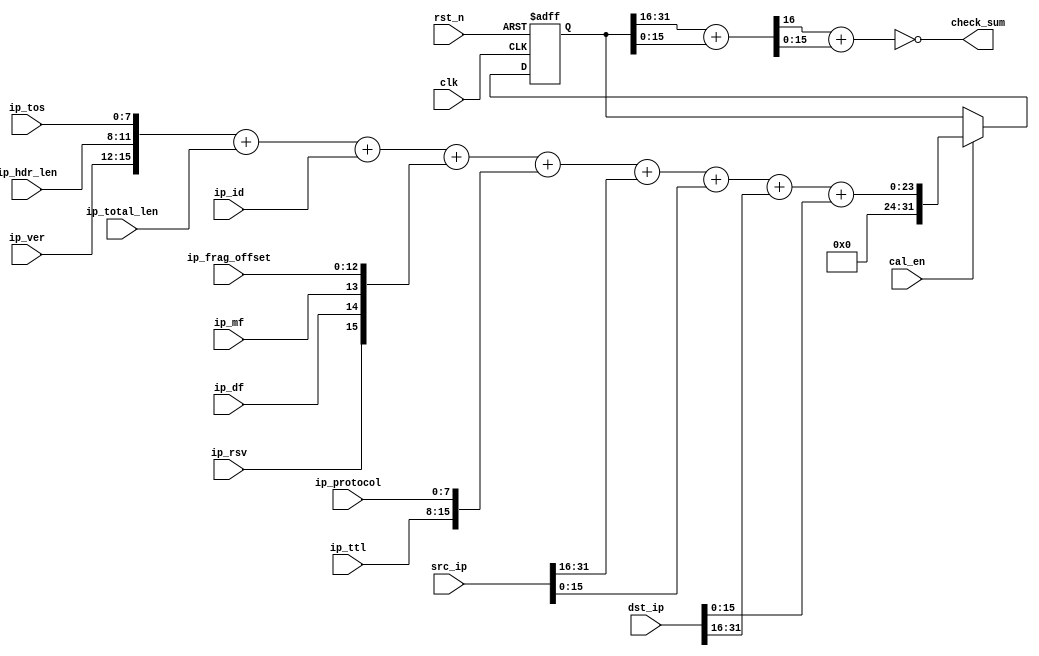
//////////////////////////////////////////////////////////////////////////////////
// Company: 
// Engineer: 
// 
// Design Name: 
// Module Name: ip_checksum
// Project Name: 
// Target Devices: 
// Tool Versions: 
// Description: 
// 
// Dependencies: 
// 
// Revision:
// Revision 0.01 - File Created
// Additional Comments:
// 
//////////////////////////////////////////////////////////////////////////////////


module ip_checksum(
    input clk,
    input rst_n,
    
    input cal_en,
    
    input [3:0]ip_ver,
    input [3:0]ip_hdr_len,
    input [7:0]ip_tos,
    input [15:0]ip_total_len,
    input [15:0]ip_id,
    input       ip_rsv,
    input       ip_df,
    input       ip_mf,
    input [12:0]ip_frag_offset,
    input [7:0] ip_ttl,
    input [7:0] ip_protocol,
    input [31:0]src_ip,
    input [31:0]dst_ip,
    
    output [15:0]check_sum
    );
    
    reg [31:0]suma;
    wire [16:0]sumb;
    wire [15:0]sumc;
    
    always@(posedge clk or negedge rst_n)
        if(!rst_n)
            suma <= 32'd0;
        else if(cal_en)//16bit
            suma <= {ip_ver, ip_hdr_len, ip_tos} + ip_total_len + ip_id +
            {ip_rsv, ip_df,ip_mf, ip_frag_offset} + {ip_ttl, ip_protocol}+
            src_ip[31:16] + src_ip[15:0] + dst_ip[31:16] + dst_ip[15:0];
        else 
            suma <= suma;
            
    assign sumb = suma[31:16] + suma[15:0];
    assign sumc = sumb[16] + sumb[15:0];
    
    //16bit,check sum
    assign check_sum = ~sumc;
        
endmodule